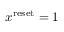
x ^ { \mathrm { r e s e t } } = 1